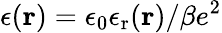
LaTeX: \epsilon(\mathbf{r})=\epsilon_{0}\epsilon_{\mathrm{r}}(\mathbf{r})/\beta e^{2}